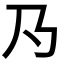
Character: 𱍹